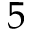
\mathsfit { 5 }